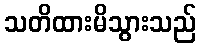
သတိထားမိသွားသည်